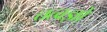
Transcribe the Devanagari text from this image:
तत्वज्ञों